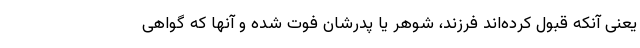
یعنی آنکه قبول کرده‌اند فرزند، شوهر یا پدرشان فوت شده و آنها که گواهی